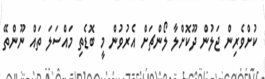
ކުށްވެރިން ޖަލުން ދޫކޮށްލާ ލޯންޗަށް އެރުވުން މީ ބޮޑެތި މައްސަލަ ތައް ނޫންތޭ